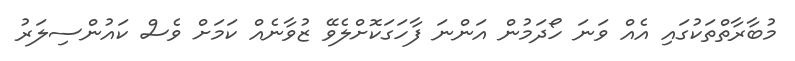
މުބާރާތްތަކުގައި އެއް ވަނަ ހޯދަމުން އަންނަ ފާހަގަކޮށްލެވޭ ޒުވާނެއް ކަމަށް ވެސް ކައުންސިލަރު